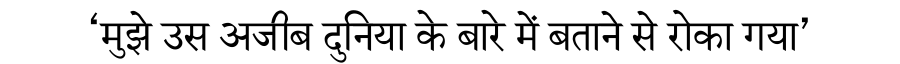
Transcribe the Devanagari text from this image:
‘मुझे उस अजीब दुनिया के बारे में बताने से रोका गया’